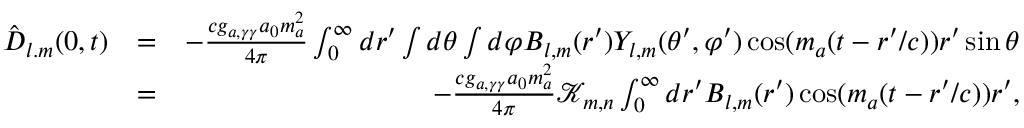
\begin{array} { r l r } { { \hat { \boldsymbol D } } _ { l . m } ( 0 , t ) } & { = } & { - \frac { c g _ { a , \gamma \gamma } a _ { 0 } m _ { a } ^ { 2 } } { 4 \pi } \int _ { 0 } ^ { \infty } d r ^ { \prime } \int d \theta \int d \varphi \boldsymbol B _ { l , m } ( r ^ { \prime } ) Y _ { l , m } ( \theta ^ { \prime } , \varphi ^ { \prime } ) \cos ( m _ { a } ( t - r ^ { \prime } / c ) ) r ^ { \prime } \sin \theta } \\ & { = } & { - \frac { c g _ { a , \gamma \gamma } a _ { 0 } m _ { a } ^ { 2 } } { 4 \pi } \mathcal K _ { m , n } \int _ { 0 } ^ { \infty } d r ^ { \prime } \boldsymbol B _ { l , m } ( r ^ { \prime } ) \cos ( m _ { a } ( t - r ^ { \prime } / c ) ) r ^ { \prime } , } \end{array}